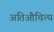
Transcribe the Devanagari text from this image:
अतिऔचित्य